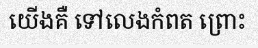
យើងគឺ ទៅលេងកំពត ព្រោះ